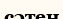
сәтен